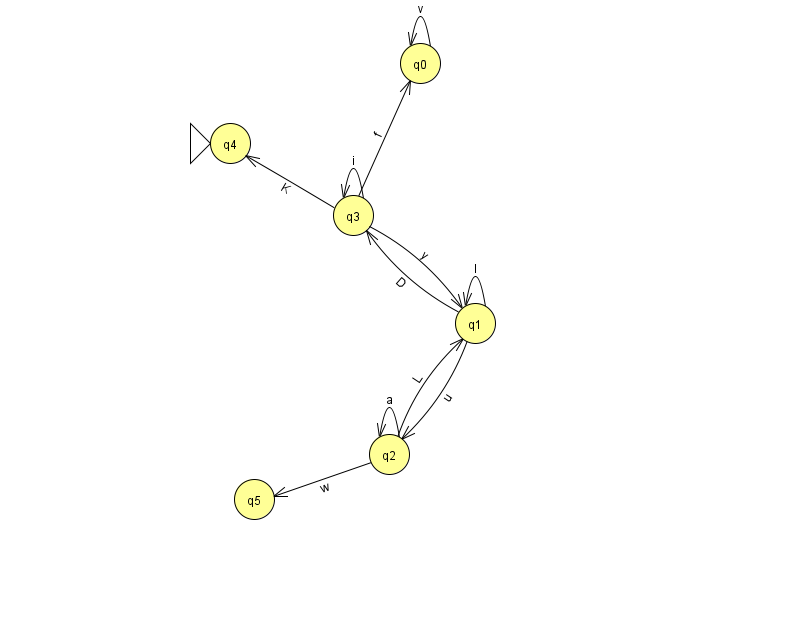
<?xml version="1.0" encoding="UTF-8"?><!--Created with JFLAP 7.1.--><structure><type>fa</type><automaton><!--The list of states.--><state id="0" name="q0"><x>420.0</x><y>50.0</y></state><state id="1" name="q1"><x>475.0</x><y>310.0</y></state><state id="2" name="q2"><x>389.0</x><y>441.0</y></state><state id="3" name="q3"><x>353.0</x><y>202.0</y></state><state id="4" name="q4"><x>230.0</x><y>130.0</y><initial/></state><state id="5" name="q5"><x>254.0</x><y>486.0</y></state><!--The list of transitions.--><transition><from>2</from><to>2</to><read>a</read></transition><transition><from>2</from><to>1</to><read>L</read></transition><transition><from>3</from><to>0</to><read>f</read></transition><transition><from>3</from><to>1</to><read>y</read></transition><transition><from>2</from><to>5</to><read>w</read></transition><transition><from>3</from><to>4</to><read>K</read></transition><transition><from>0</from><to>0</to><read>v</read></transition><transition><from>3</from><to>3</to><read>i</read></transition><transition><from>1</from><to>2</to><read>u</read></transition><transition><from>1</from><to>1</to><read>l</read></transition><transition><from>1</from><to>3</to><read>D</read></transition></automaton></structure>